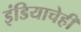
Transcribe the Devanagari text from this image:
इंडियाचेही